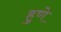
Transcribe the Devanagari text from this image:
हुणे